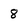
Character: 8